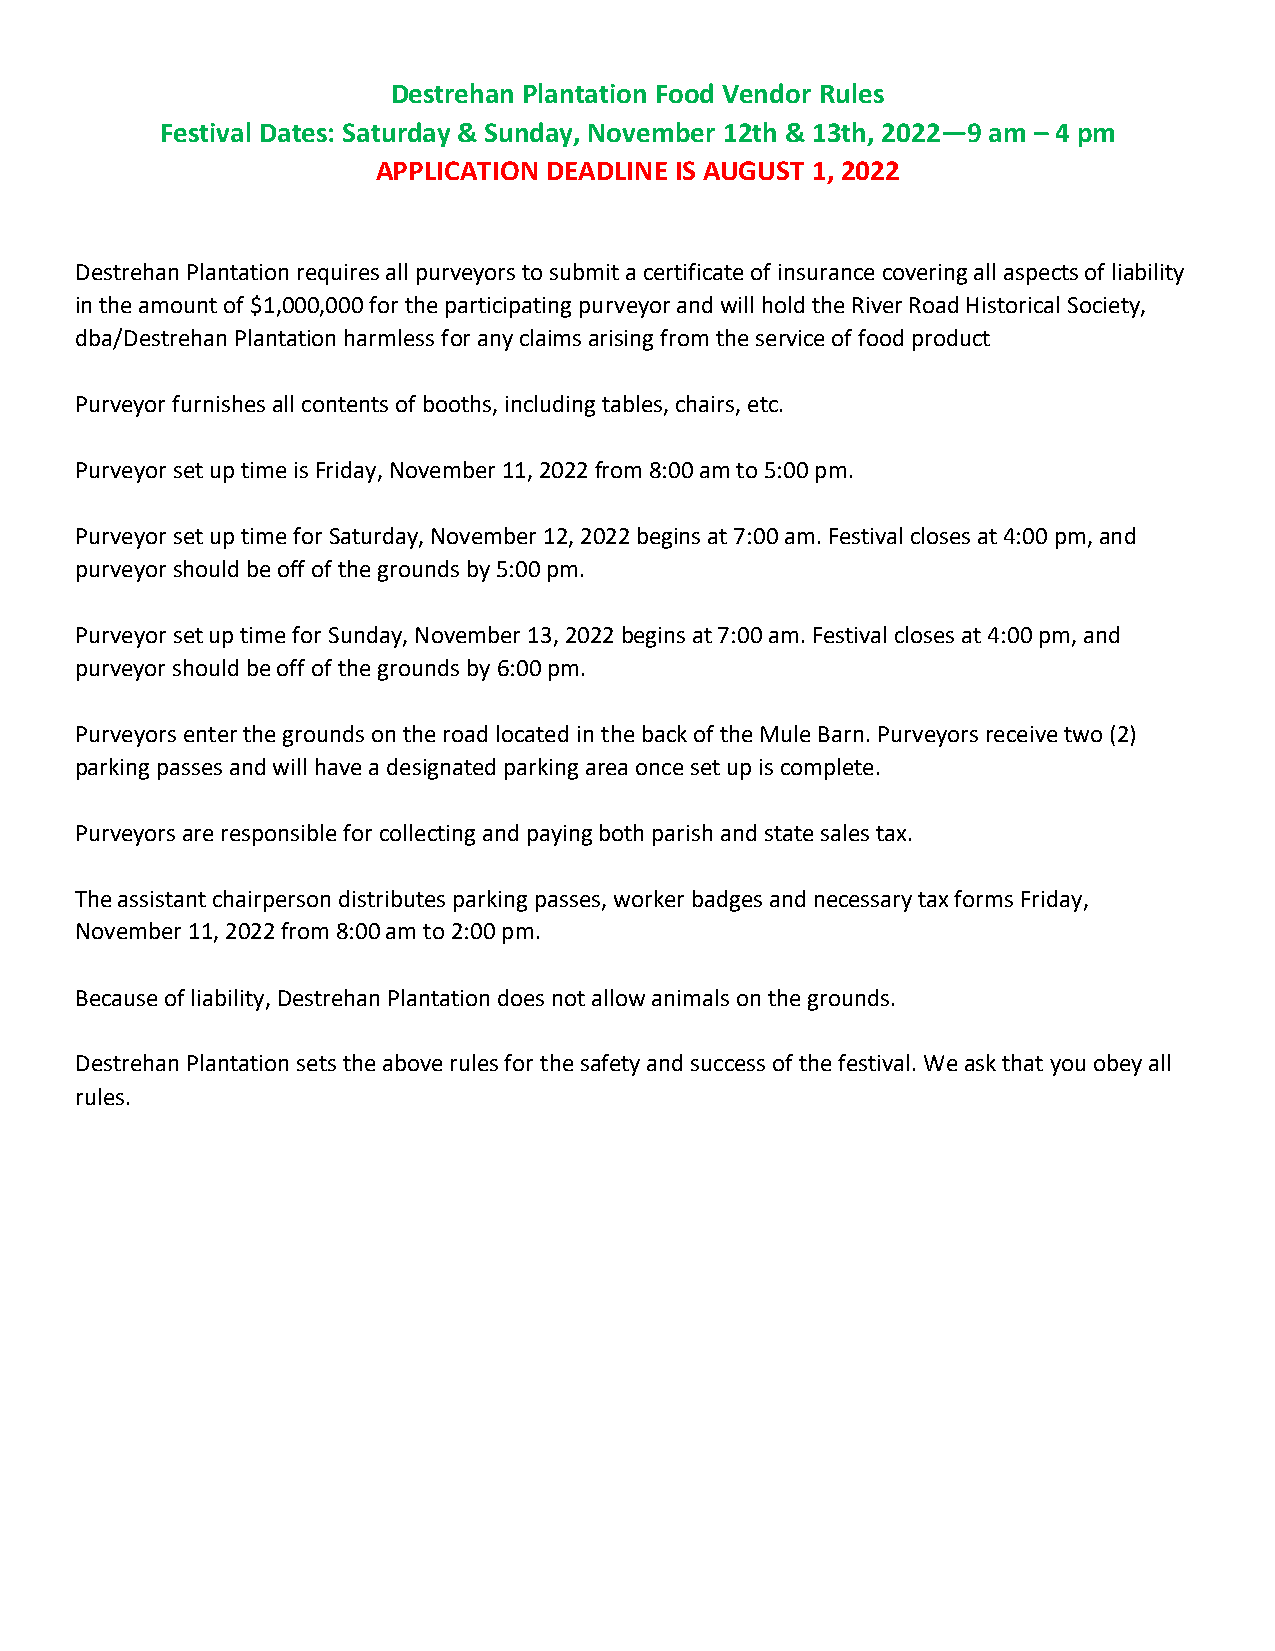
Destrehan Plantation Food Vendor Rules
 Festival Dates: Saturday & Sunday, November 12th & 13th, 2022—9 am – 4 pm
 APPLICATION DEADLINE IS AUGUST 1, 2022
 Destrehan Plantation requires all purveyors to submit a certificate of insurance covering all aspects of liability
 in the amount of $1,000,000 for the participating purveyor and will hold the River Road Historical Society,
 dba/Destrehan Plantation harmless for any claims arising from the service of food product
 Purveyor furnishes all contents of booths, including tables, chairs, etc.
 Purveyor set up time is Friday, November 11, 2022 from 8:00 am to 5:00 pm.
 Purveyor set up time for Saturday, November 12, 2022 begins at 7:00 am. Festival closes at 4:00 pm, and
 purveyor should be off of the grounds by 5:00 pm.
 Purveyor set up time for Sunday, November 13, 2022 begins at 7:00 am. Festival closes at 4:00 pm, and
 purveyor should be off of the grounds by 6:00 pm.
 Purveyors enter the grounds on the road located in the back of the Mule Barn. Purveyors receive two (2)
 parking passes and will have a designated parking area once set up is complete.
 Purveyors are responsible for collecting and paying both parish and state sales tax.
 The assistant chairperson distributes parking passes, worker badges and necessary tax forms Friday,
 November 11, 2022 from 8:00 am to 2:00 pm.
 Because of liability, Destrehan Plantation does not allow animals on the grounds.
 Destrehan Plantation sets the above rules for the safety and success of the festival. We ask that you obey all
 rules.